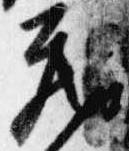
蔵